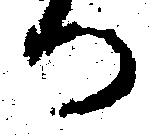
つ